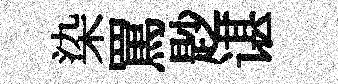
染罵尟谌